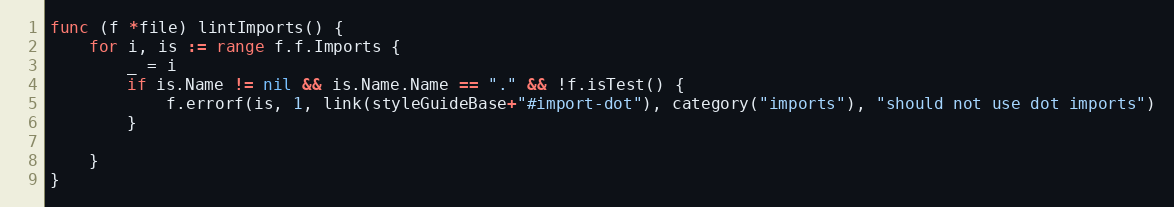
Language: Go
func (f *file) lintImports() {
	for i, is := range f.f.Imports {
		_ = i
		if is.Name != nil && is.Name.Name == "." && !f.isTest() {
			f.errorf(is, 1, link(styleGuideBase+"#import-dot"), category("imports"), "should not use dot imports")
		}

	}
}